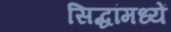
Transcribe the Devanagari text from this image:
सिद्धांमध्यें